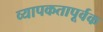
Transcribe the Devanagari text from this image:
व्यापकतापूर्वक